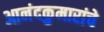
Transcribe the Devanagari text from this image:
आनंदकुमारांचे